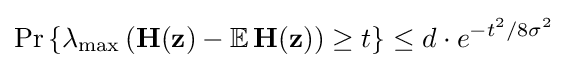
\Pr \left\{\lambda _{\text{max}}\left(\mathbf {H} (\mathbf {z} )-\mathbb {E} \,\mathbf {H} (\mathbf {z} )\right)\geq t\right\}\leq d\cdot e^{-t^{2}/8\sigma ^{2}}